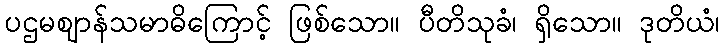
ပဌမဈာန်သမာဓိကြောင့် ဖြစ်သော။ ပီတိသုခံ၊ ရှိသော။ ဒုတိယံ၊